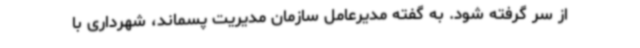
از سر گرفته شود. به گفته مدیرعامل سازمان مدیریت پسماند، شهرداری با